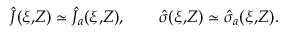
\hat { J } ( \xi , \! Z ) \simeq \hat { J } _ { a } ( \xi , \! Z ) , \qquad \hat { \sigma } ( \xi , \! Z ) \simeq \hat { \sigma } _ { a } ( \xi , \! Z ) .